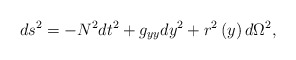
\begin{align*}ds^{2}=-N^{2}dt^{2}+g_{yy}dy^{2}+r^{2}\left( y\right) d\Omega ^{2},\end{align*}